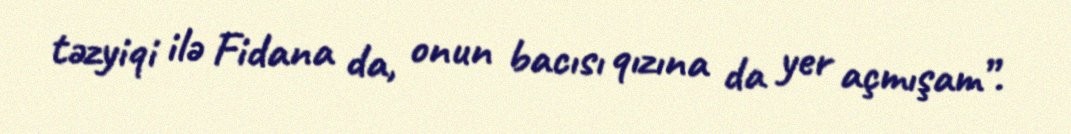
təzyiqi ilə Fidana da, onun bacısı qızına da yer açmışam”.